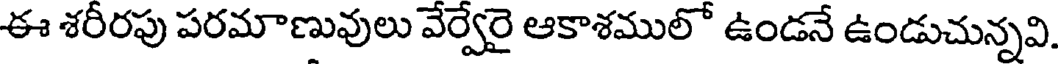
ఈ శరీరపు పరమాణువులు వేర్వేరై ఆకాశములో ఉండనే ఉండుచున్నవి